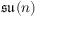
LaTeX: { \mathfrak { s u } } ( n )